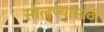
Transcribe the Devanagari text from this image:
सोलण्यासाठी